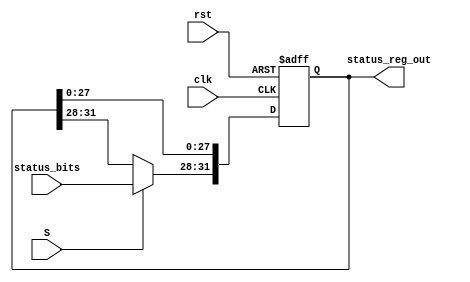
module Status_Reg (
    input clk, rst, S, 
    input [3:0] status_bits,
    output reg [31:0] status_reg_out
);

  always @(negedge clk, posedge rst) begin
      if (rst) begin
          status_reg_out = 32'b0;
      end else if(S) begin
          status_reg_out[31:28] = status_bits;
      end
  end
    
endmodule